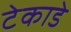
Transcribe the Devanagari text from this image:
टेकाडे